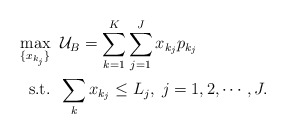
\begin{align*}\max_{\{x_{k_j}\}} &\;\; \mathcal{U}_B=\sum_{k=1}^K \sum_{j=1}^J x_{k_j} p_{k_j} \\\mbox{s.t.} &\;\; \sum_k x_{k_{j}} \leq L_j, \; j=1,2,\cdots,J. \end{align*}